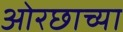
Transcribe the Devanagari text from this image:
ओरछाच्या